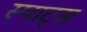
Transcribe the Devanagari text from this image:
स्पाट्स